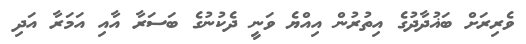
ވެރިރަށް ބަޣުދާދުގެ އިތުރުން އިއްޔެ ވަނީ ދެކުނުގެ ބަސަރާ އާއި އަމަރާ އަދި